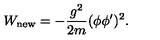
W _ { \mathrm { n e w } } = - \frac { g ^ { 2 } } { 2 m } ( \phi \phi ^ { \prime } ) ^ { 2 } .